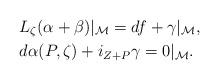
LaTeX: \begin{align*} & L_\zeta(\alpha+\beta)\vert_\mathcal M=df+\gamma\vert_\mathcal M,\\ & d\alpha(P,\zeta)+i_{Z+P}\gamma=0\vert_\mathcal M.\end{align*}